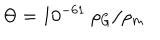
\Theta = 1 0 ^ { - 6 1 } \ \rho _ { G } / \rho _ { m }